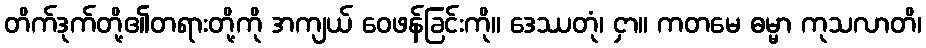
တိက်ဒုက်တို့၏တရားတို့ကို အကျယ် ဝေဖန်ခြင်းကို။ ဒေဿတုံ၊ ငှာ။ ကတမေ ဓမ္မာ ကုသလာတိ၊